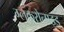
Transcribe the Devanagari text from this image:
ग्लकूरोनाइड